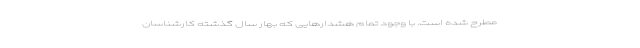
مطرح شده است. با وجود تمام هشدارهایی که بهار سال گذشته کارشناسان